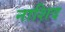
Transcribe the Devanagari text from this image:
नाशिद